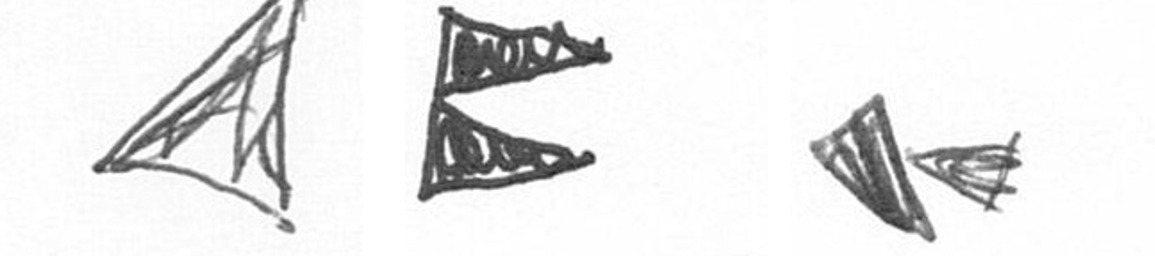
O P F